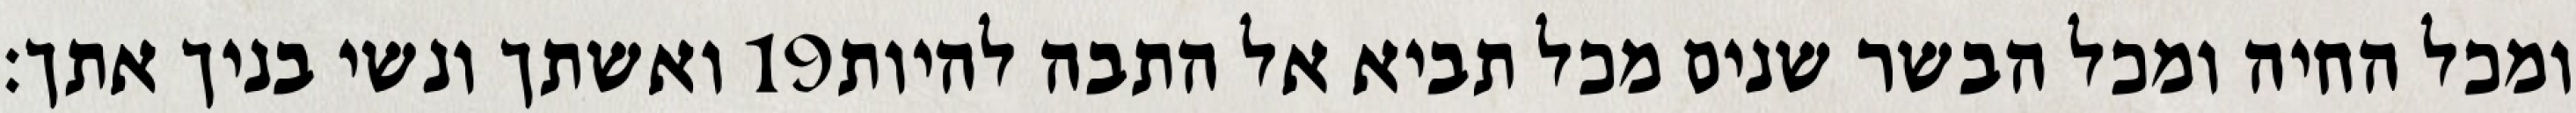
ואשתך ונשי בניך אתך׃ ‎19‏ ומכל החיה ומכל הבשר שנים מכל תביא אל התבה להיות